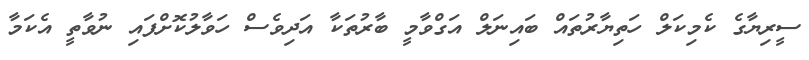
ސީރިޔާގެ ކެމިކަލް ހަތިޔާރުތައް ބައިނަލް އަގްވާމީ ބާރުތަކާ އަދިވެސް ހަވާލުކޮށްފައި ނުވާތީ އެކަމާ